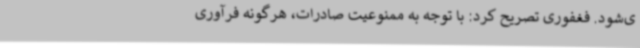
ی‌شود. فغفوری تصریح کرد: با توجه به ممنوعیت صادرات، هرگونه فرآوری